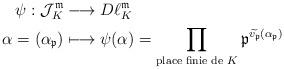
\begin{align*}\psi : \mathcal{J}_{K}^{ \mathfrak{m}} &\longrightarrow D\ell_{K}^{ \mathfrak{m}} \\ \alpha=(\alpha_{\mathfrak{p}}) &\longmapsto \psi(\alpha)=\prod_{\textrm{place finie de $K$}}\mathfrak{p}^{\widetilde{v_{\mathfrak{p}}}(\alpha_{\mathfrak{p}})}\end{align*}